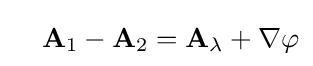
\quad \mathbf {A} _{1}-\mathbf {A} _{2}={\mathbf {A} }_{\lambda }+\nabla \varphi